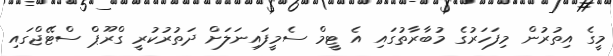
މީގެ އިތުރުން މިފަހަރުގެ މުބާރާތުގައި އެ ޓީމް ސެމީފައިނަލަށް ދަތުރުކުރީ ގްރޫޕް ސްޓޭޖްގައި